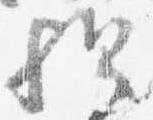
歟